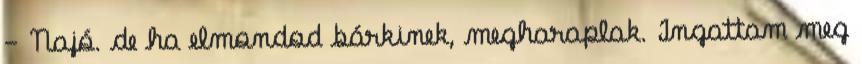
- Najó. de ha elmondod bárkinek, megharaplak. Ingattam meg